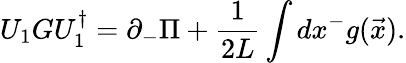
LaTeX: U_{1}GU_{1}^{\dagger}=\partial_{-}\Pi+{\frac{1}{2L}}\int dx^{-}g({\vec{x}}).